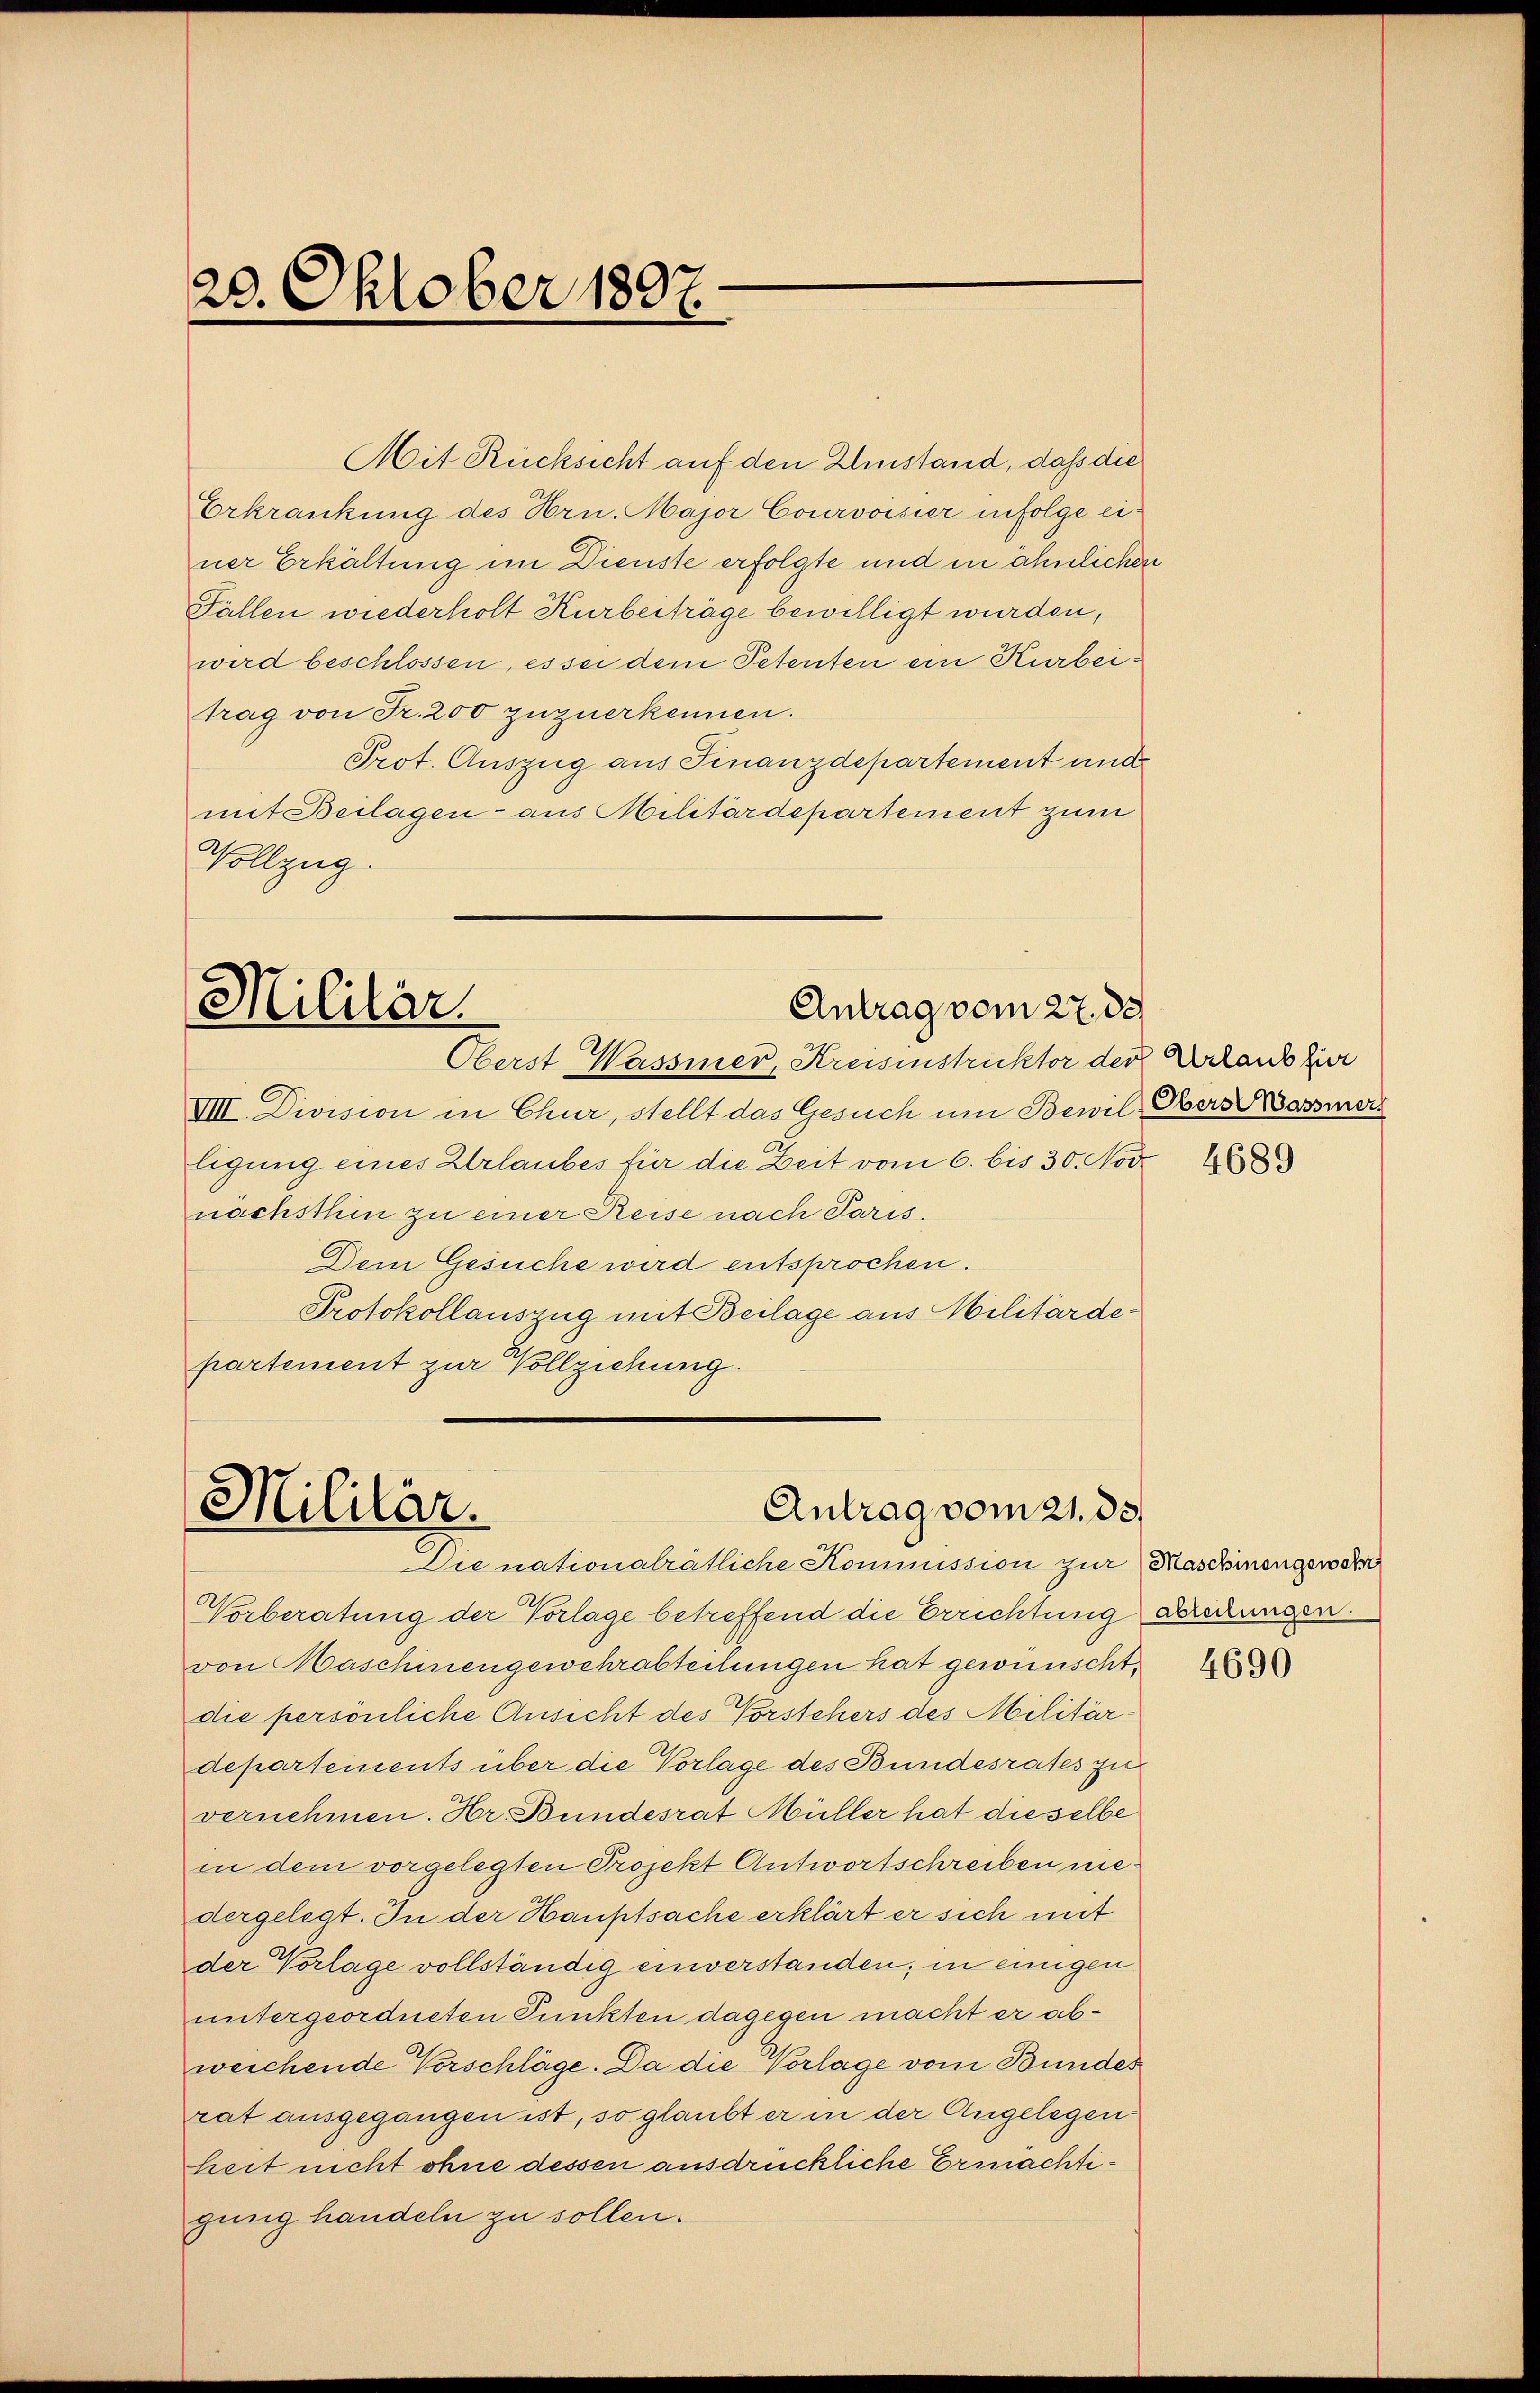
7
20. Oktober 1891.

Mit Rücksicht auf den Umstand, dass die
Erkrankung des Hrn. Major Courvoisier infolge einer Erkältung im Dienste erfolgte und in ähnlichen
Fällen wiederholt Kurbeiträge bewilligt wurden,
wird beschlossen, es sei dem Petenten ein Kurbeitrag von Fr. 200 zuzuerkennen.
Prot. Auszug aus Finanzdepartement und
mit Beilagen - aus Militärdepartement zum
Vollzug.

Militär
Antrag vom 27. d.
Oberst Wasser, Kreisinstruktor der Erland zur

VIII. Division in Chur, stellt das Gesuch um Bewil-Obers Wassers
Eigung eines Erlaubes für die Zeit vom 6. bis 30. Nov
nachsthin zu einer Reise nach Paris.
Dein Gesuche wird entsprochen.
Protokollauszug mit Beilage aus Militärdepartement zur Vollziehung.

Antrag vom 21. ds.
Militär.

Vorberatung der Vorlage betreffend die Errichtung
von Maschinengewehrabteilungen hat gewünscht.
die persönliche Ansicht des Vorstehers des Militärdepartements über die Vorlage des Bundesrates zu
vernehmen. Hr. Bundesrat Müller hat dieselbe
in dem vorgelegten Projekt Antwortschreiben niedergelegt. In der Hauptsache erklärt er sich mit
der Vorlage vollständig einverstanden; in einigen
untergeordneten Punkten dagegen macht er abweichende Vorschläge. Da die Vorlage vom Bundes
rat ausgegangen ist, so glaubt er in der Angelegen
heit nicht ohne dessen ausdrückliche Ermächtigung handeln zu sollen.

Die nationalrätliche Kommission zur Maschinengewe

4689

abteilungen.

4690